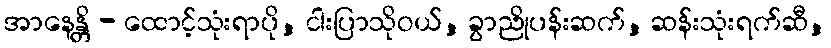
အာနေန္တိ - ထောင့်သုံးရာပို, ငါးပြာသိုဝယ်, ခွာညိုပန်းဆက်, ဆန်းသုံးရက်ဆီ,